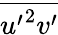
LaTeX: \overline{{{u^{\prime}}^{2}v^{\prime}}}